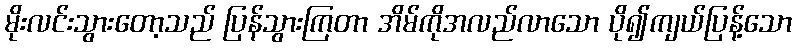
မိုးလင်းသွားတော့သည် ပြန်သွားကြတာ အိမ်ကိုအလည်လာသော ပို၍ကျယ်ပြန့်သော